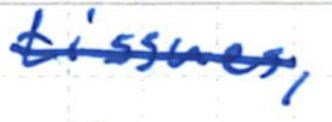
Text: tissues,
Cross-out: single-line
Writing tool: ballpoint